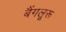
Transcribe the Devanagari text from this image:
बैंगलूरू